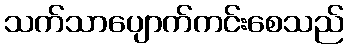
သက်သာပျောက်ကင်းစေသည်